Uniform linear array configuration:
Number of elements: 8
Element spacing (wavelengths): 0.75
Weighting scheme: exponential
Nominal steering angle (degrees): -45
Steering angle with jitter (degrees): -46.203
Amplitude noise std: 0.05
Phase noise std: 0.05

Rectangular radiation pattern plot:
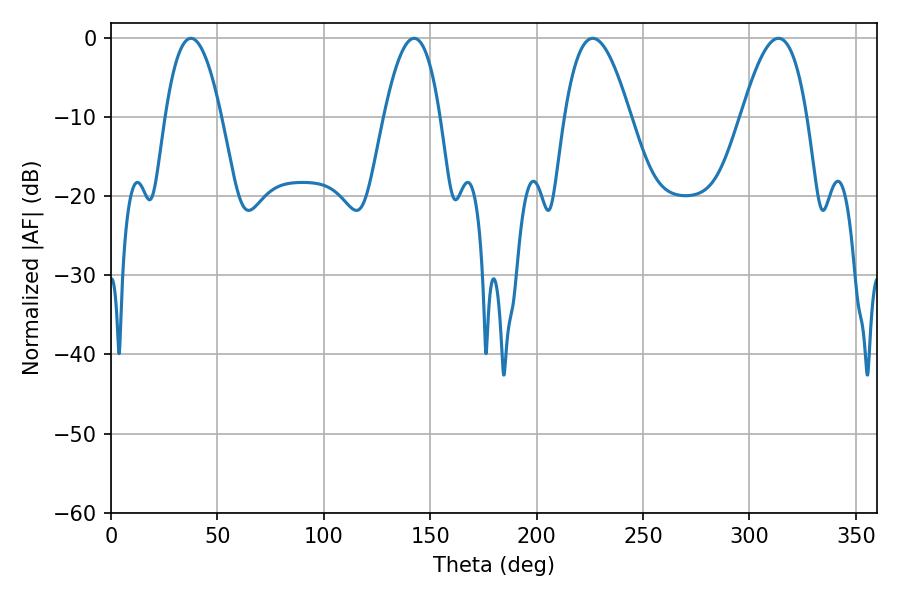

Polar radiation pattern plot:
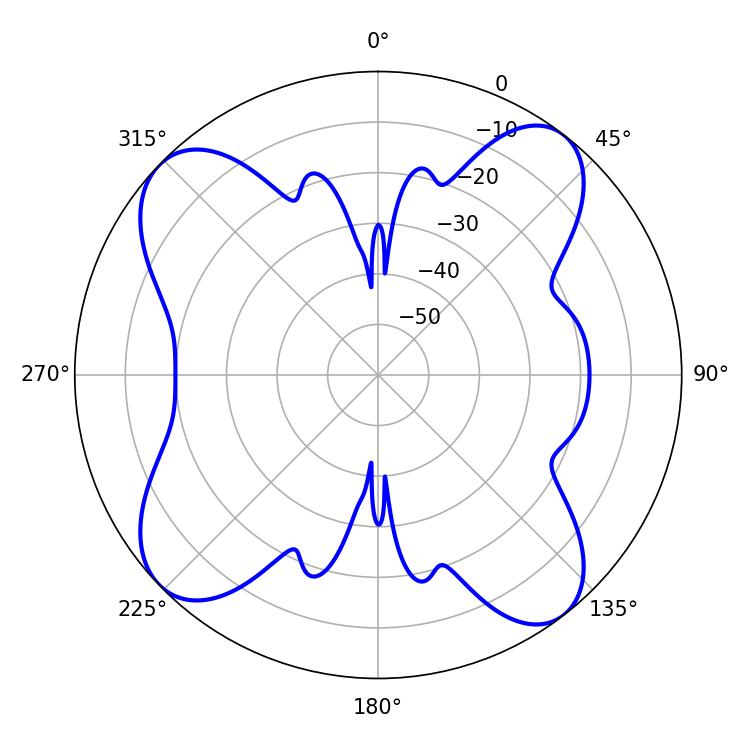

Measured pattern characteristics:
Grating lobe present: TRUE
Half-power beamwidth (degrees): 14.58
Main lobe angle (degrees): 37.62